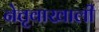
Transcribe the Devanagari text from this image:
नेतृवाखाली